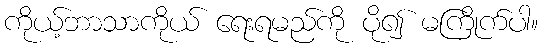
ကိုယ့်ဘာသာကိုယ် ရေးရမည်ကို ပို၍ မကြိုက်ပါ။